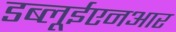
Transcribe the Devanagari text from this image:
डब्लूईएनआर